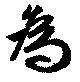
為